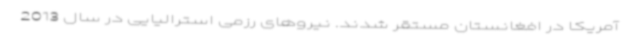
آمریکا در افغانستان مستقر شدند. نیروهای رزمی استرالیایی در سال 2013